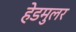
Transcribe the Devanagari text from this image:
हेडमुलर